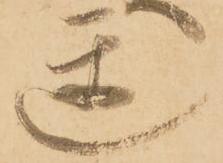
遅